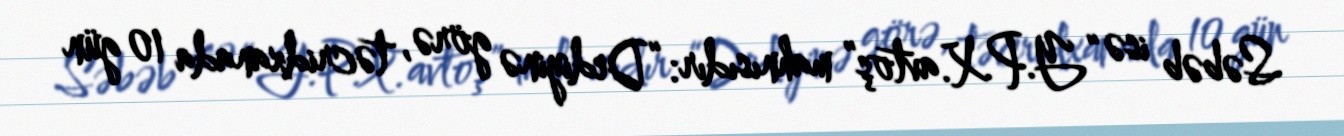
Səbəb isə “Y.P.X.avtoş” mahnısıdır: “Dediyinə görə, təcridxanada 10 gün